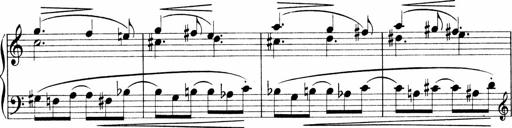
Title: Sonatina No.1
Composer: Otto Stoll
Key: C major